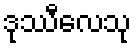
ဒုဿီလေသု